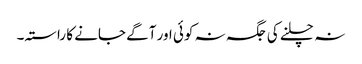
نہ چلنے کی جگہ نہ کوئی اور آگے جانے کا راستہ۔